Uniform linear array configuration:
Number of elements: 16
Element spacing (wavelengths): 0.25
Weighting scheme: hamming
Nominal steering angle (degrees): -45
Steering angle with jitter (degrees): -46.692
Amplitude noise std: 0.05
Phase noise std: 0.05

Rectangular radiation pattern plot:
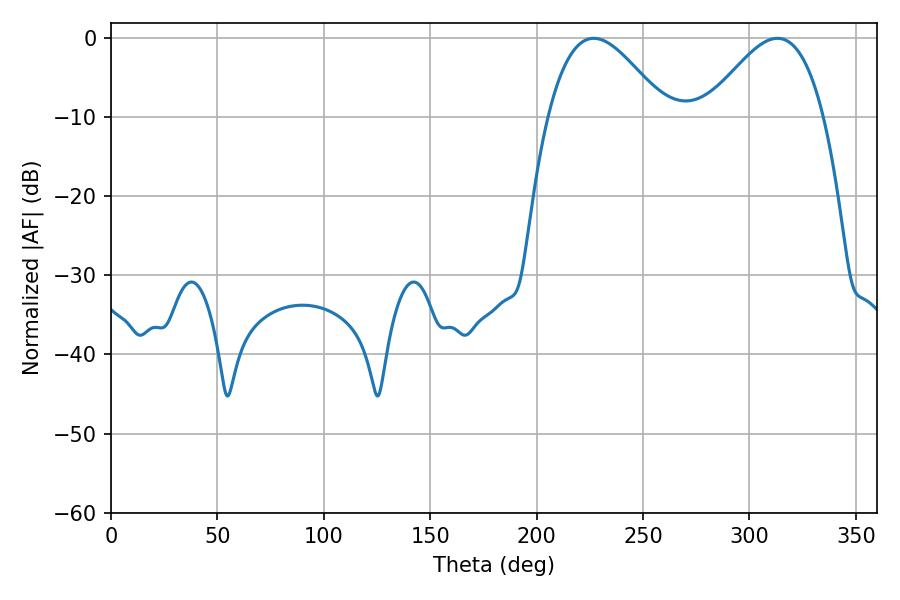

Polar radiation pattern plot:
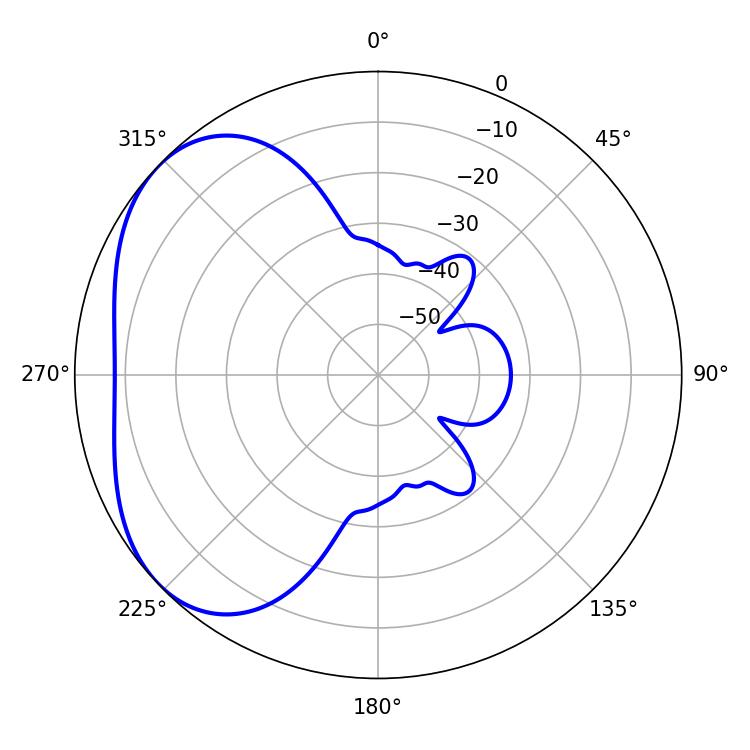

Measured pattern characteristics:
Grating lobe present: FALSE
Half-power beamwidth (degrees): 29.7
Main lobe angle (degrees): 226.8